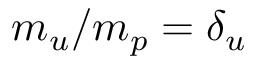
m _ { u } / m _ { p } = \delta _ { u }